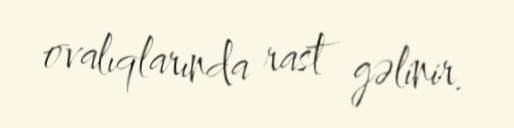
ovalıqlarında rast gəlinir.